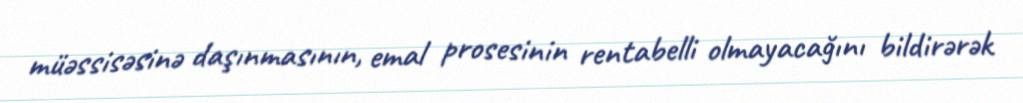
müəssisəsinə daşınmasının, emal prosesinin rentabelli olmayacağını bildirərək